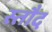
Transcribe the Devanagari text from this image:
स्तौद